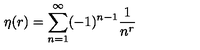
\eta ( r ) = \sum _ { n = 1 } ^ { \infty } ( - 1 ) ^ { n - 1 } { \frac { 1 } { n ^ { r } } }